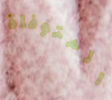
المتوفاة